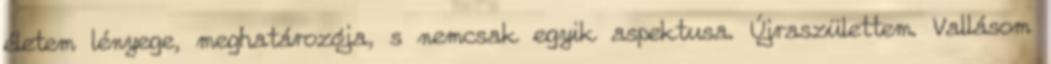
életem lényege, meghatározója, s nemcsak egyik aspektusa. Újraszülettem. Vallásom